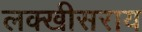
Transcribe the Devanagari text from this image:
लक्खीसराय